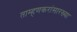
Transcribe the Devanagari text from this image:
ताम्हणकरांसारख्या